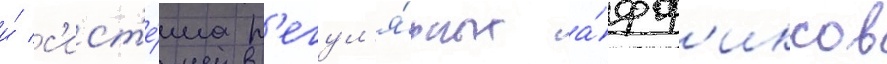
и́ с'ист'е́ма р'егул'я́рных а́фф'иксов